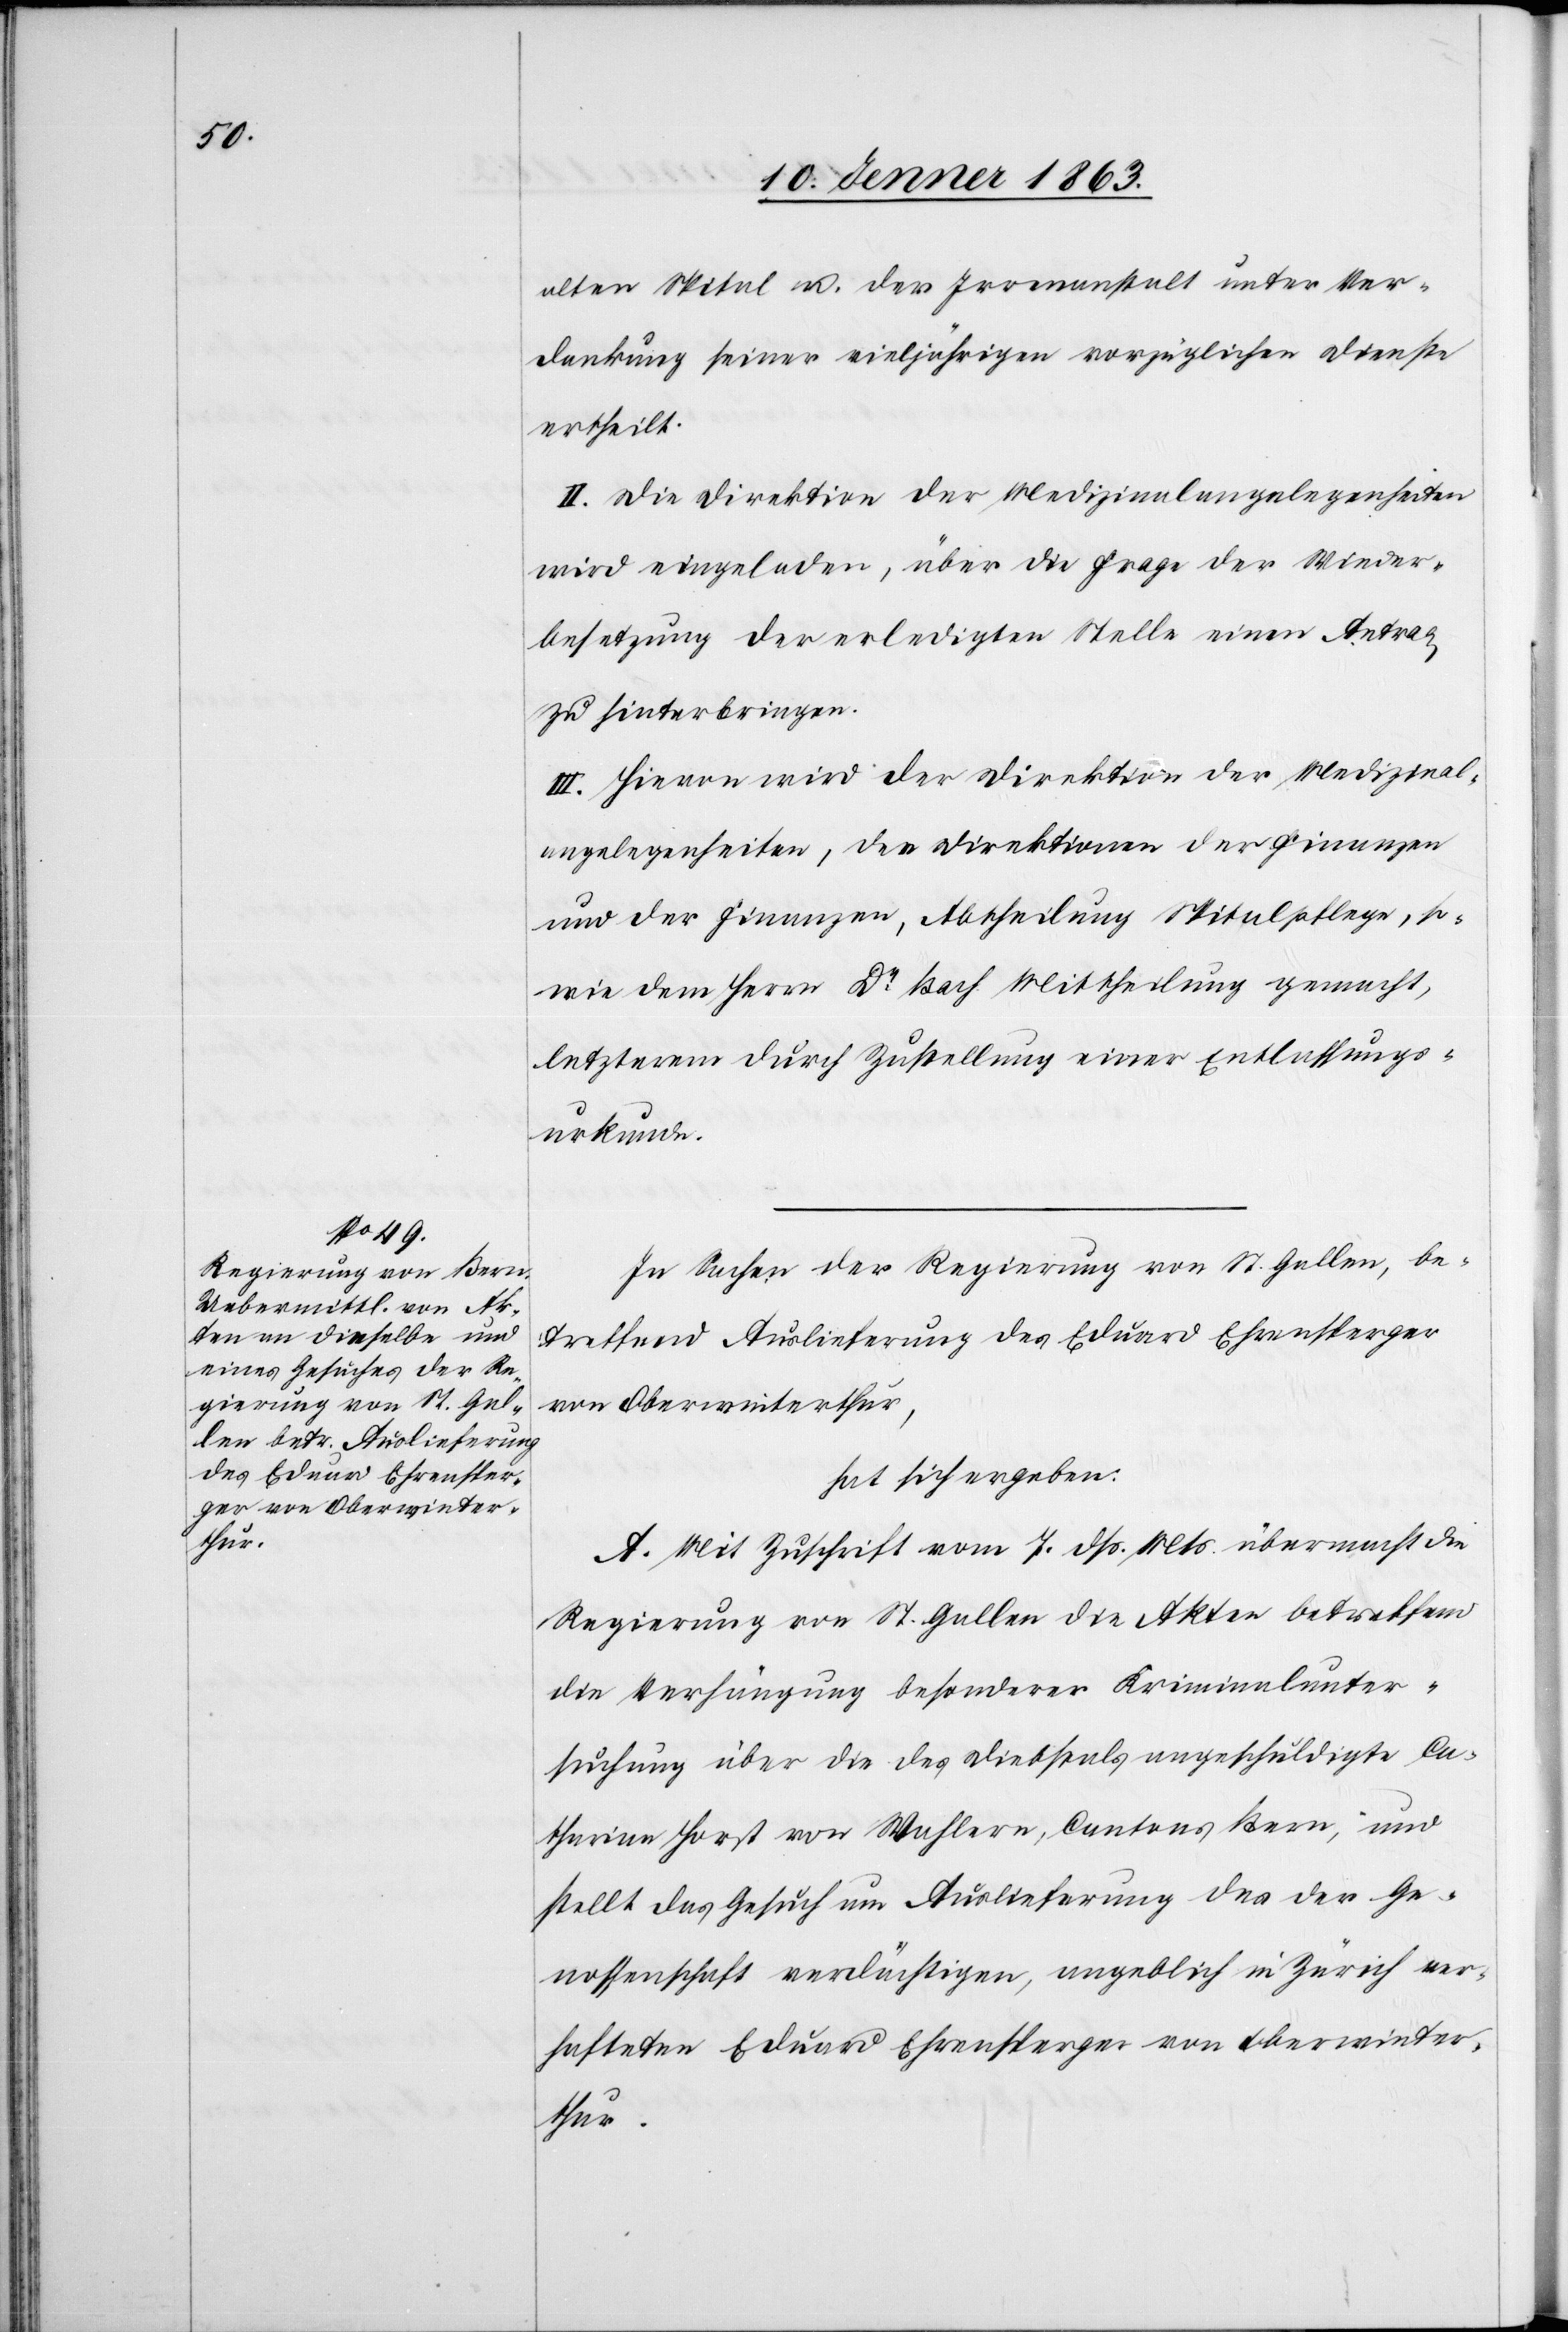
thur.

alten Spital u. der Irrenanstalt unter Ver¬
dankung seiner vieljährigen vorzüglichen Dienste
ertheilt.
II. Die Direktion der Medizinalangelegenheiten
wird eingeladen, über die Frage der Wieder¬
besetzung der erledigten Stelle einen Antrag
zu hinterbringen.
III. Hievon wird der Direktion der Medizinal¬
angelegenheiten, der Direktion der Finanzen
und der Finanzen [sic!], Abtheilung Spitalpflege, so¬
wie dem Herrn Dr Bach Mittheilung gemacht,
letzterem durch Zustellung einer Entlassungs¬
urkunde.
In Sachen der Regierung von St. Gallen, be¬
treffend Auslieferung des Eduard Ehrensperger
von Oberwinterthur,
hat sich ergeben:
A. Mit Zuschrift vom 7. dß. Mts. übermacht die
Regierung von St. Gallen die Akten betreffend
die Verhängung besonderer Kriminalunter¬
suchung über die des Diebstals angeschuldigte Ca¬
tharina Forst von Wahlern, Cantons Bern, und
stellt das Gesuch um Auslieferung des der Ge¬
nossenschaft verdächtigen, angeblich in Zürich ver¬
hafteten Eduard Ehrensperger von Oberwinter¬